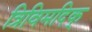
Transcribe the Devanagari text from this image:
त्रिविमदिक्